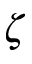
\zeta